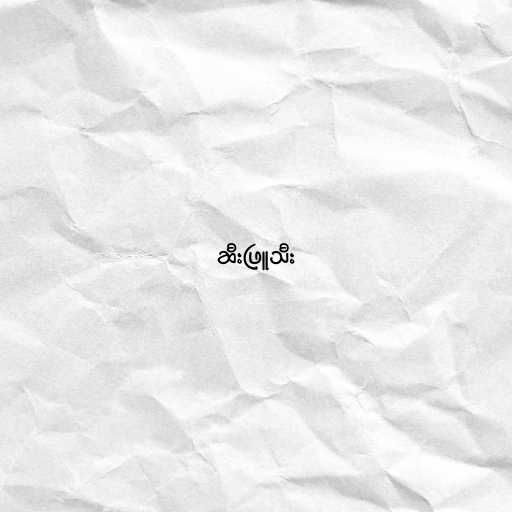
ဆီးဖြူသီး